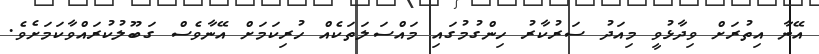
އޭނާ އިތުރަށް ވިދާޅުވީ މިއަދު ސަރުކާރު ހިންގުމުގައި މައްސަލަތަކެއް ހުރިކަމަށް އޭނާވެސް ގަބޫލުކުރައްވާކަމަށެވެ.